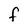
Character: F